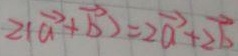
$2(\vec{a}+\vec{b}) = 2\vec{a}+2\vec{b}$